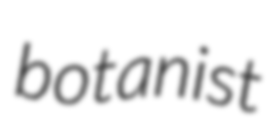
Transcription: botanist